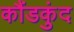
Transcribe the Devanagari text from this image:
कौंडकुंद